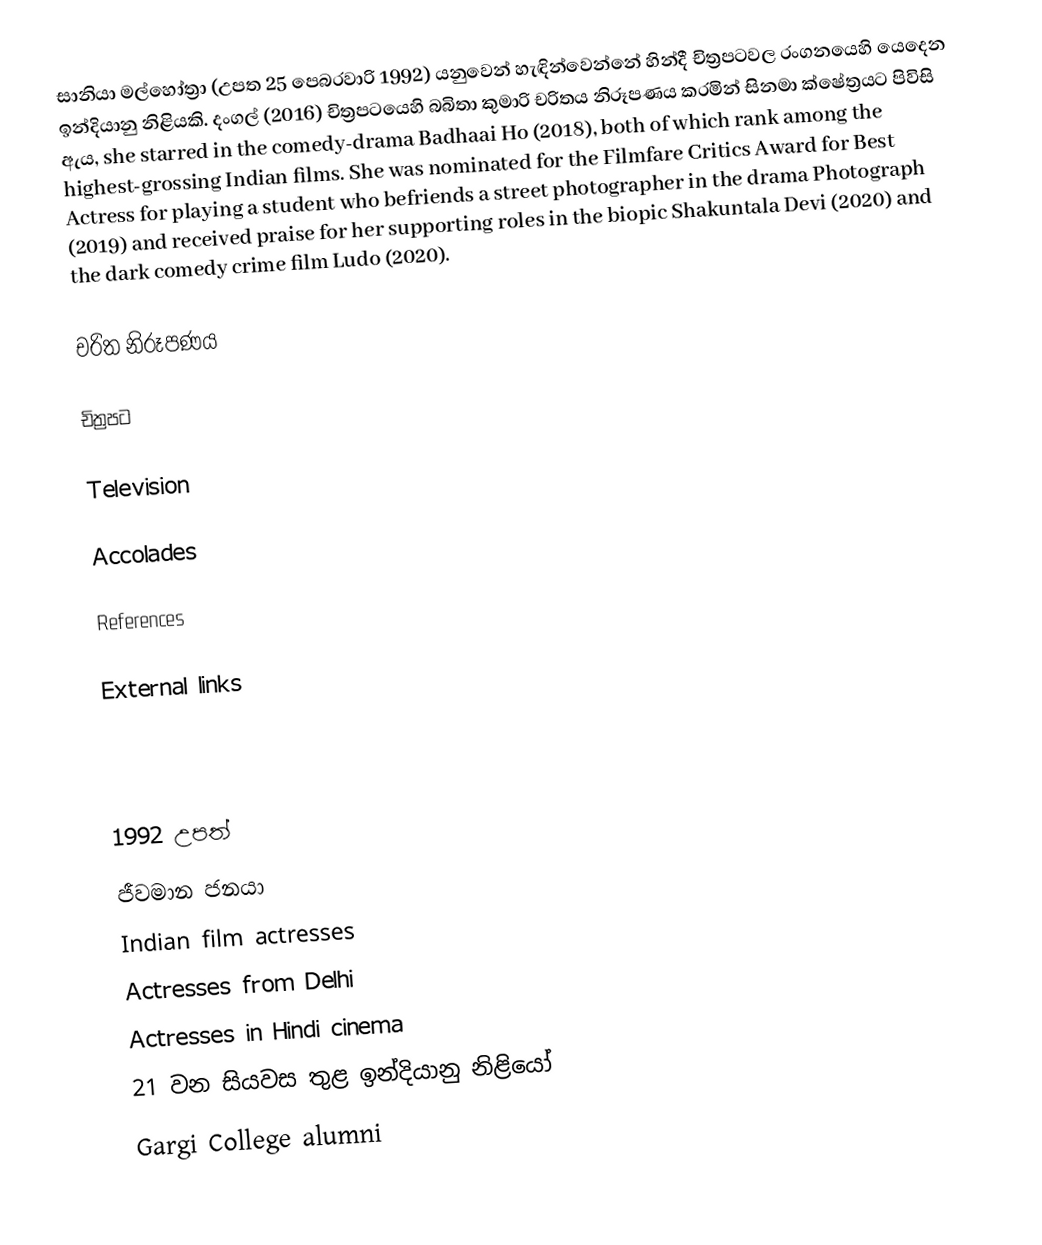
සානියා මල්හෝත්‍රා (උපත 25 පෙබරවාරි 1992) යනුවෙන් හැඳින්වෙන්නේ හින්දී චිත්‍රපටවල රංගනයෙහි යෙදෙන ඉන්දියානු නිළියකි. දංගල් (2016) චිත්‍රපටයෙහි බබිතා කුමාරි චරිතය නිරූපණය කරමින් සිනමා ක්ෂේත්‍රයට පිවිසි ඇය, she starred in the comedy-drama Badhaai Ho (2018), both of which rank among the highest-grossing Indian films. She was nominated for the Filmfare Critics Award for Best Actress for playing a student who befriends a street photographer in the drama Photograph (2019) and received praise for her supporting roles in the biopic Shakuntala Devi (2020) and the dark comedy crime film Ludo (2020).

චරිත නිරූපණය

චිත්‍රපට

Television

Accolades

References

External links

1992 උපත්
ජීවමාන ජනයා
Indian film actresses
Actresses from Delhi
Actresses in Hindi cinema
21 වන සියවස තුළ ඉන්දියානු නිළියෝ
Gargi College alumni